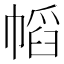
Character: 幍